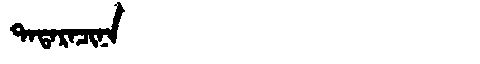
Manchu: ᡨᠠᡨᠠᡵᠠᠴᡳᠨᠠ
Romanization: TATARACINA